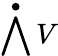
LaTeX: \bigwedge^{\bullet}V